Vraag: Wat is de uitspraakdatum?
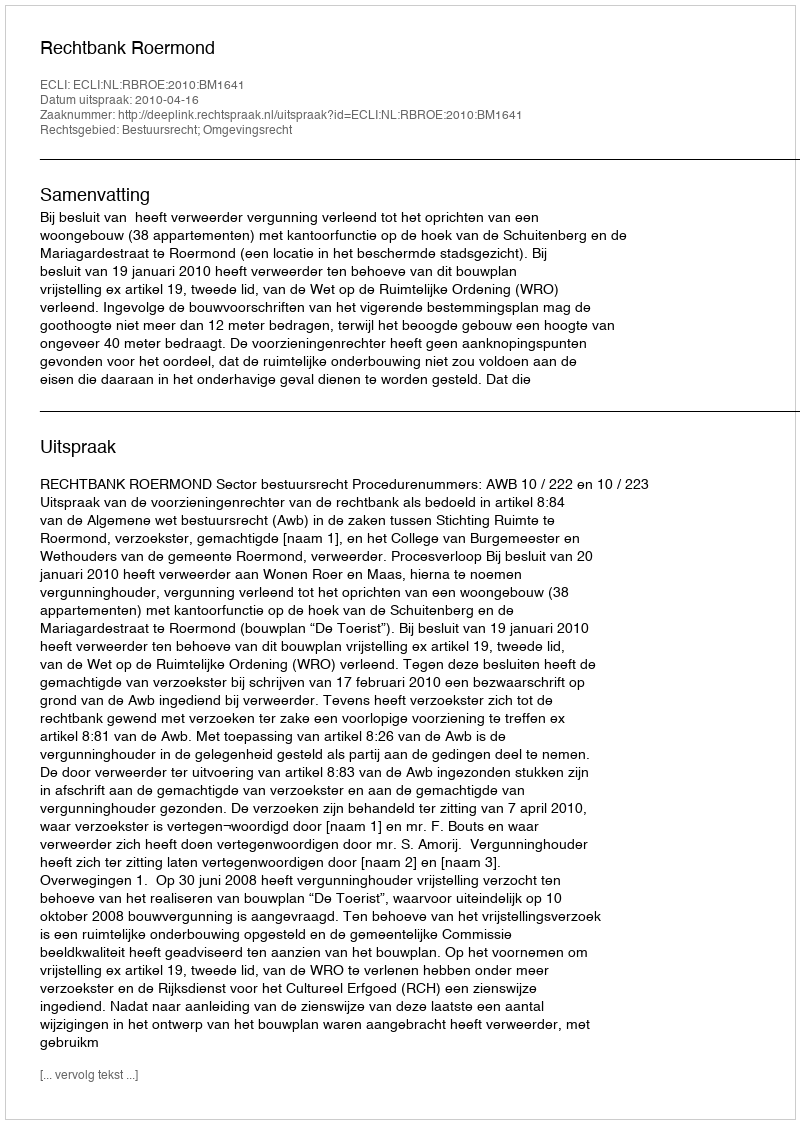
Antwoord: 2010-04-16